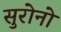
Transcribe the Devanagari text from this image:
सुरोनो